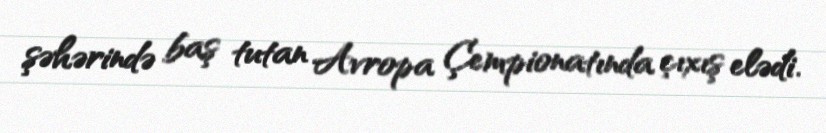
şəhərində baş tutan Avropa Çempionatında çıxış elədi.